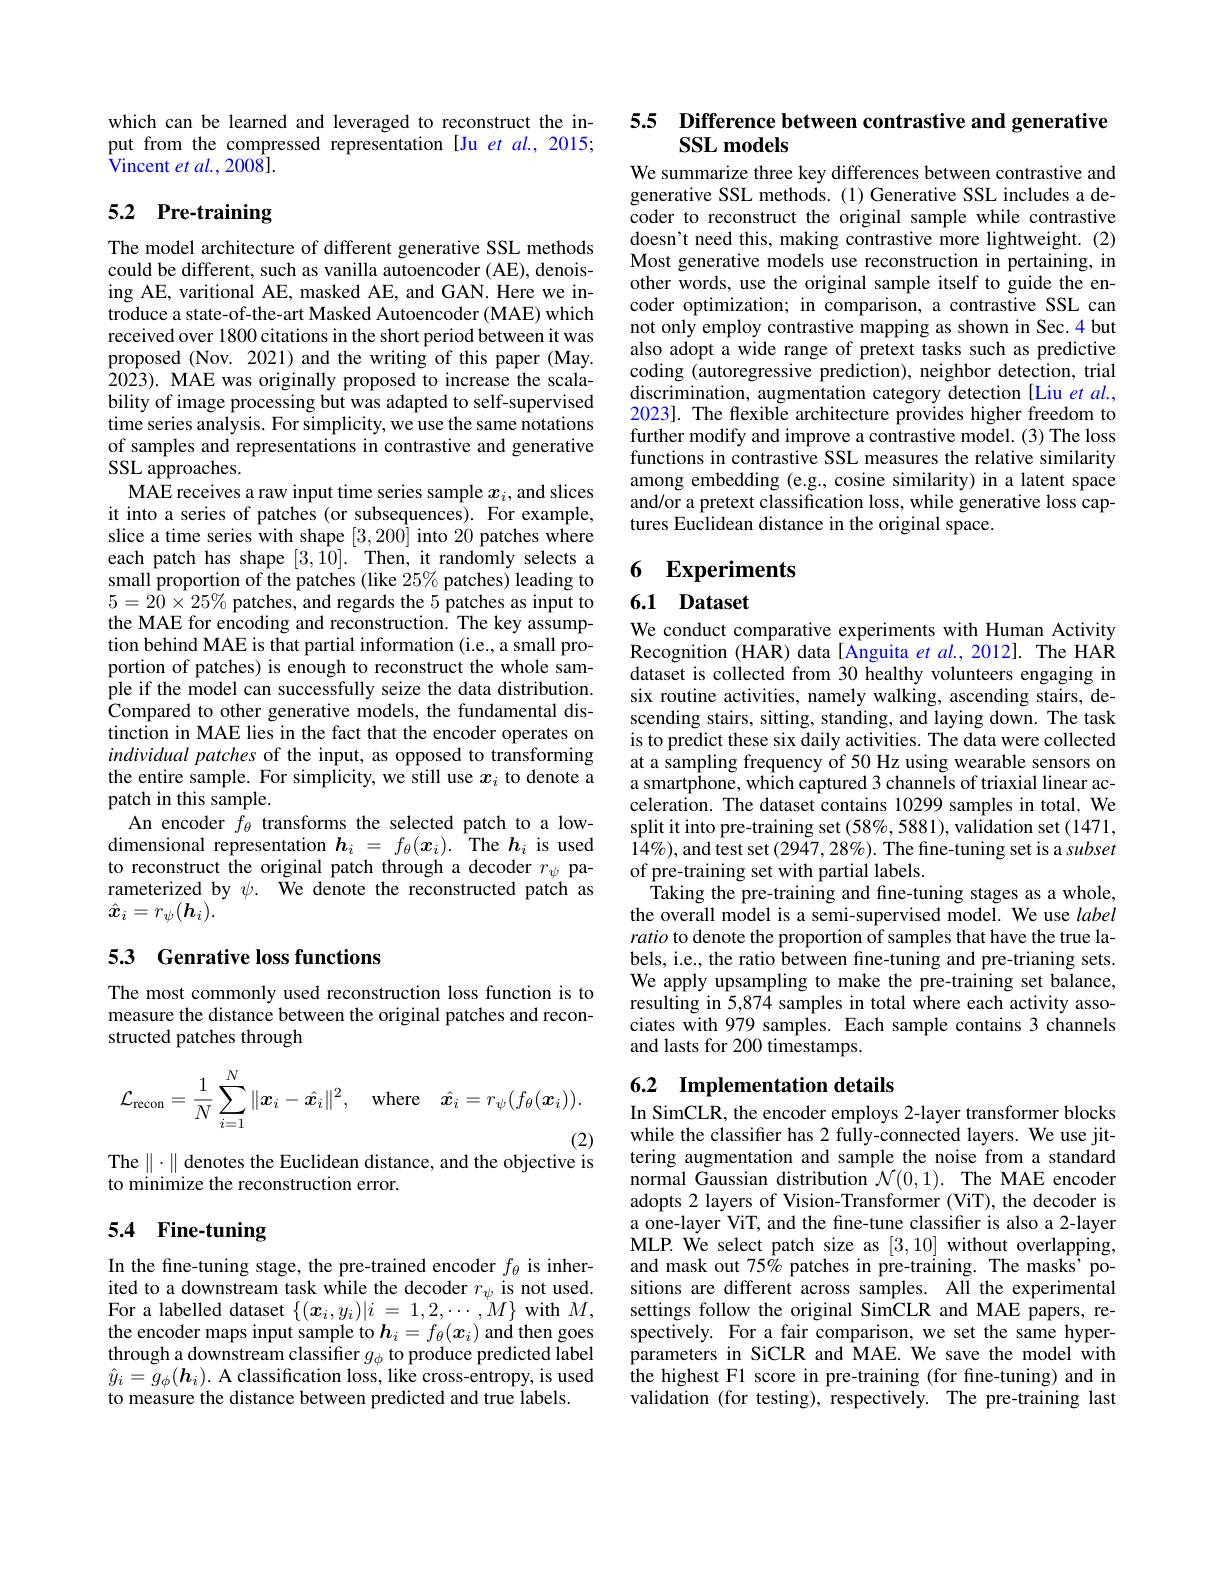
which can be learned and leveraged to reconstruct the input from the compressed representation[Ju et al., 2015; ${\hat{\text{Vincent }et}}al.,2008].$

# 5.2 Pre-training

The model architecture of different generative SSL methods could be different, such as vanilla autoencoder (AE), denoising AE, varitional AE, masked AE, and GAN. Here we introduce a state-of-the-art Masked Autoencoder (MAE) which received over 1800 citations in the short period between it was proposed (Nov. 2021) and the writing of this paper (May. 2023). MAE was originally proposed to increase the scalability of image processing but was adapted to self-supervised time series analysis. For simplicity, we use the same notations of samples and representations in contrastive and generative SSL approaches.
MAE receives a raw input time series sample $x_i$, and slices it into a series of patches (or subsequences). For example, slice a time series with shape [3,200] into 20 patches where each patch has shape [3,10]. Then, it randomly selects a small proportion of the patches (like 25% patches) leading to $5=20\times25\%$ patches, and regards the 5 patches as input to the MAE for encoding and reconstruction. The key assumption behind MAE is that partial information (i.e., a small proportion of patches) is enough to reconstruct the whole sample if the model can successfully seize the data distribution. Compared to other generative models, the fundamental distinction in MAE lies in the fact that the encoder operates on individual patches of the input, as opposed to transforming the entire sample. For simplicity, we still use $x_i$ to denote a patch in this sample.
An encoder $f_\theta$ transforms the selected patch to a lowdimensional representation $h_i=f_\theta(x_i).$ The $h_i$ is used to reconstruct the original patch through a decoder $r_\psi$ parameterized by $\psi.$ We denote the reconstructed patch as $\hat{x}_i=r_\psi(\boldsymbol{h}_i).$

## 53 Genrative loss functions

The most commonly used reconstruction loss function is to measure the distance between the original patches and reconstructed patches through
$$\mathcal{L}_{\mathrm{recon}}=\frac{1}{N}\sum_{i=1}^{N}\|\boldsymbol{x}_{i}-\hat{\boldsymbol{x}}_{i}\|^{2},\quad\mathrm{where}\quad\hat{\boldsymbol{x}}_{i}=r_{\psi}(f_{\theta}(\boldsymbol{x}_{i})).$$
(2)

The $\|\cdot\|$ denotes the Euclidean distance, and the objective is

to minimize the reconstruction error.

# 5.4 Fine-tuning

In the fine-tuning stage, the pre-trained encoder $f_\theta$ is inherited to a downstream task while the decoder $r_\psi$ is not used. For a labelled dataset $\{(\boldsymbol{x}_i,y_i)|i=1,2,\cdots,M\}$ with $M$, the encoder maps input sample to $\boldsymbol{h}_i=f_\theta(\boldsymbol{x}_i)$ and then goes $\begin{array}{l}{\text{through a downstream classifier }g_{\phi}\text{ to produce predicted label}}\\{\hat{y}_{i}=g_{\phi}(\boldsymbol{h}_{i}).\text{ A classification loss, like cross-entropy, is used}}\end{array}$ to measure the distance between predicted and true labels.

# 5.5 Difference between contrastive and generative $\mathbf{SSL}$ models

We summarize three key differences between contrastive and generative SSL methods.(1)Generative SSL includes a decoder to reconstruct the original sample while contrastive doesn't need this, making contrastive more lightweight. (2) Most generative models use reconstruction in pertaining, in other words, use the original sample itself to guide the encoder optimization; in comparison, a contrastive SSL can not only employ contrastive mapping as shown in Sec.4 but also adopt a wide range of pretext tasks such as predictive coding (autoregressive prediction), neighbor detection, trial discrimination, augmentation category detection [Liu $et$ al. 2023]. The flexible architecture provides higher freedom to further modify and improve a contrastive model. (3) The loss functions in contrastive SSL measures the relative similarity among embedding (e.g., cosine similarity) in a latent space and/or a pretext classification loss, while generative loss captures Euclidean distance in the original space.

### 6 $\mathbf{Experiments}$

6.1 Dataset

We conduct comparative experiments with Human Activity Recognition (HAR) data [Anguita $et$ al., 2012]. The HAR dataset is collected from 30 healthy volunteers engaging in six routine activities, namely walking, ascending stairs, descending stairs, sitting, standing, and laying down. The task is to predict these six daily activities. The data were collected at a sampling frequency of 50 Hz using wearable sensors on a smartphone, which captured 3 channels of triaxial linear acceleration. The dataset contains 10299 samples in total. We split it into pre-training set (58%, 5881), validation set (1471, $14\%)$,and test set $(2947,28\%).$ The fine-tuning set is a subset of pre-training set with partial labels.
Taking the pre-training and fine-tuning stages as a whole, the overall model is a semi-supervised model. We use label ratio to denote the proportion of samples that have the true labels, i.e., the ratio between fine-tuning and pre-trianing sets. We apply upsampling to make the pre-training set balance, resulting in 5,874 samples in total where each activity associates with 979 samples. Each sample contains 3 channels and lasts for 200 timestamps.

## 6.2 Implementation details

In SimCLR, the encoder employs 2-layer transformer blocks while the classifier has 2 fully-connected layers. We use jittering augmentation and sample the noise from a standard normal Gaussian distribution $\mathcal{N}(0,1).$ The MAE encoder adopts 2 layers of Vision-Transformer (ViT), the decoder is a one-layer ViT, and the fine-tune classifier is also a 2-layer MLP. We select patch size as [3,10] without overlapping, and mask out 75% patches in pre-training. The masks' positions are different across samples. AlI the experimental settings follow the original SimCLR and MAE papers, respectively. For a fair comparison, we set the same hyperparameters in SiCLR and MAE. We save the model with the highest F1 score in pre-training (for fine-tuning) and in validation (for testing), respectively. The pre-training last